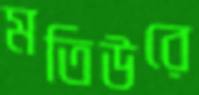
মতিউরে